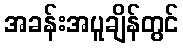
အခန်းအပူချိန်တွင်